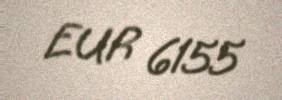
EUR 6155